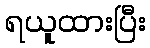
ရယူထားပြီး